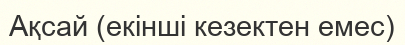
Ақсай (екінші кезектен емес)